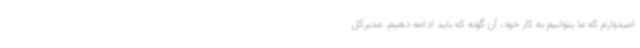
امیدوارم که ما بتوانیم به کار خود، آن گونه که باید ادامه دهیم. مدیرکل